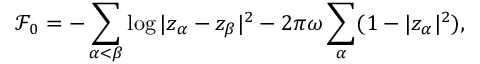
\mathcal F _ { 0 } = - \sum _ { \alpha < \beta } \log | z _ { \alpha } - z _ { \beta } | ^ { 2 } - 2 \pi \omega \sum _ { \alpha } ( 1 - | z _ { \alpha } | ^ { 2 } ) ,